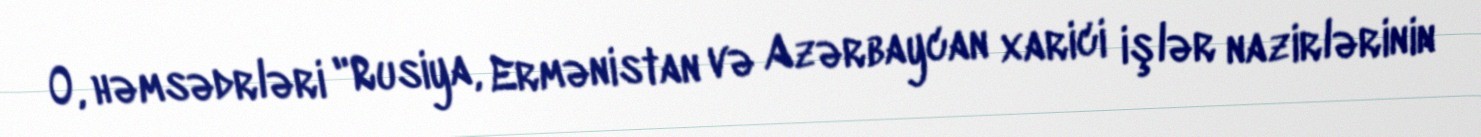
O, həmsədrləri "Rusiya, Ermənistan və Azərbaycan xarici işlər nazirlərinin